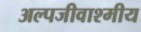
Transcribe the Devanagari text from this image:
अल्पजीवाश्मीय